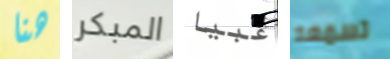
هنا المبكر غبيا تسمعه